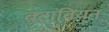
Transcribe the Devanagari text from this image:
बटावियन